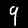
Label: 9